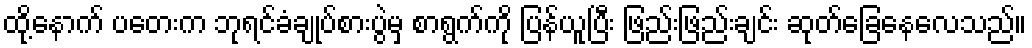
ထို့နောက် ပတေးက ဘုရင်ခံချုပ်စားပွဲမှ စာရွက်ကို ပြန်ယူပြီး ဖြည်းဖြည်းချင်း ဆုတ်ခြေနေလေသည်။